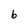
Character: b